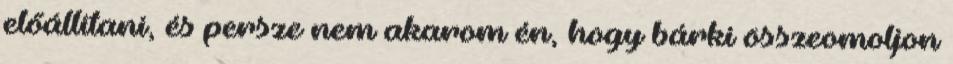
előállítani, és persze nem akarom én, hogy bárki összeomoljon